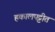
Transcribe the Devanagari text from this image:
हकालपट्टीत